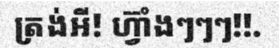
ត្រង់អី! ហ្វ៊ាំងៗៗៗ!!.